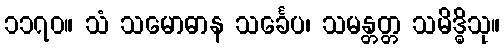
၁၁၇၀။ သံ သမောဓာန သင်္ခေပ၊ သမန္တတ္တ သမိဒ္ဓိသု။